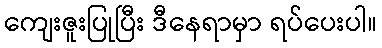
ကျေးဇူးပြုပြီး ဒီနေရာမှာ ရပ်ပေးပါ။